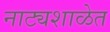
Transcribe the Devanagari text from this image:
नाट्यशाळेत